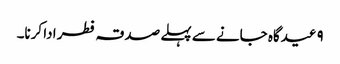
۹ عیدگاہ جانے سے پہلے صدقہ فطر ادا کرنا۔